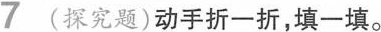
7(探究题)动手折一折,填一填.